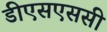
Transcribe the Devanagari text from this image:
डीएसएससी